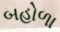
બહોળા